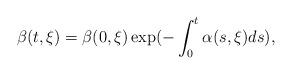
LaTeX: \begin{align*}\beta(t,\xi)=\beta(0,\xi)\exp(-\int_0^t \alpha(s,\xi)ds),\end{align*}